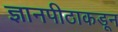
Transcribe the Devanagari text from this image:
ज्ञानपीठाकडून